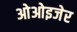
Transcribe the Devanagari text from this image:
ओओइजेर